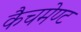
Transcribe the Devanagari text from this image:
कैचमेण्ट